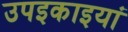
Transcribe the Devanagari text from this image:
उपइकाइयां